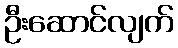
ဦးဆောင်လျက်